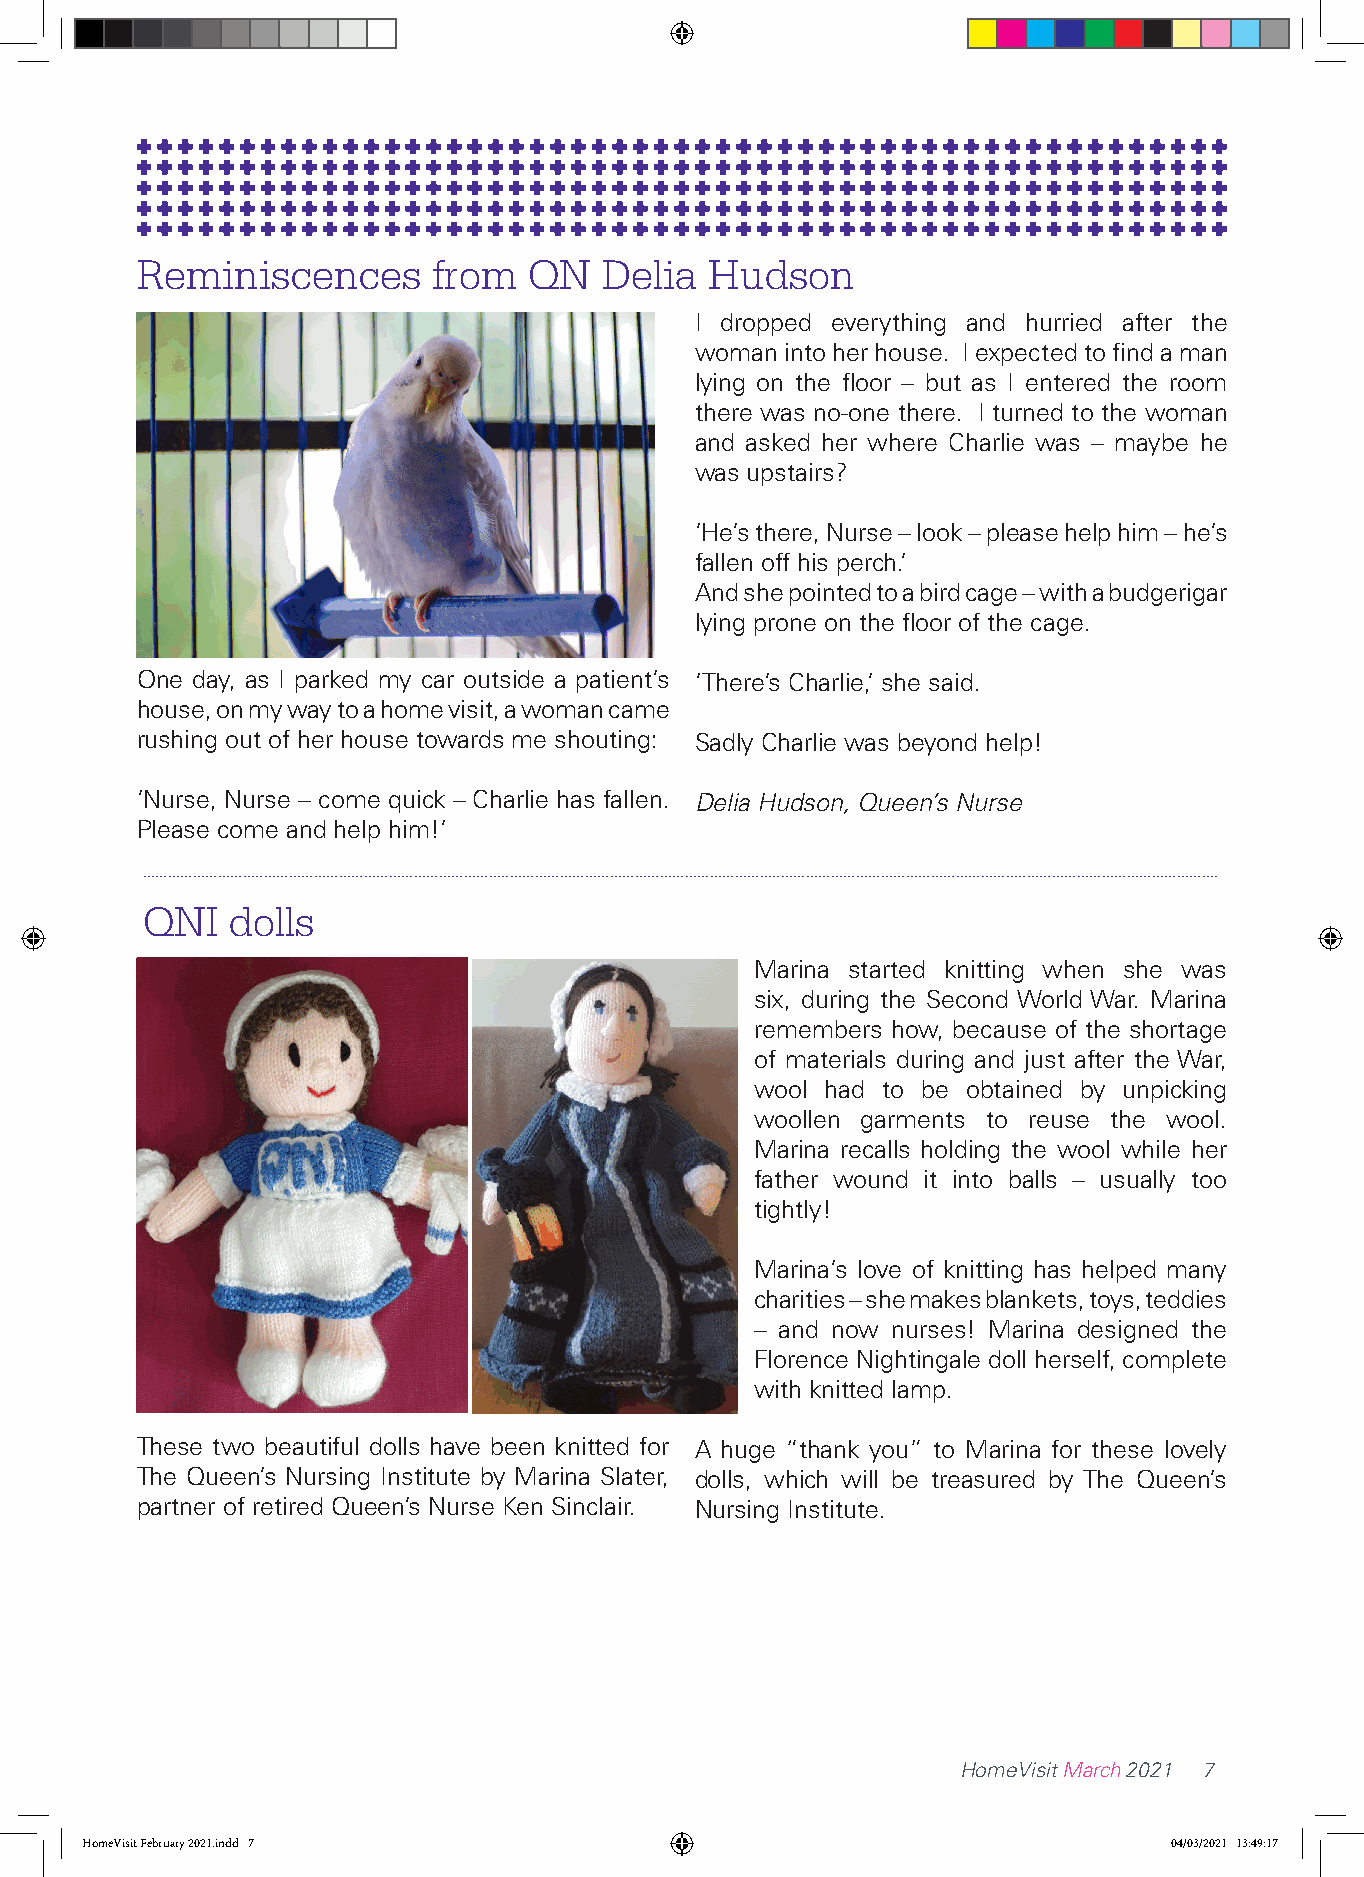
Reminiscences       from  QN   Delia  Hudson
 I dropped everything and hurried after the
 woman into her house. I expected to find a man
 lying on the floor – but as I entered the room
 there was no-one there. I turned to the woman
 and asked her where Charlie was – maybe he
 was upstairs?
 ‘He’s there, Nurse – look – please help him – he’s
 fallen off his perch.’
 And she pointed to a bird cage – with a budgerigar
 lying prone on the floor of the cage.
 One day, as I parked my car outside a patient’s ‘There’s Charlie,’ she said.
 house, on my way to a home visit, a woman came
 rushing out of her house towards me shouting: Sadly Charlie was beyond help!
 ‘Nurse, Nurse – come quick – Charlie has fallen. Delia Hudson, Queen’s Nurse
 Please come and help him!’
 ..................................................................................................................................................................................................................................................................
 QNI   dolls
 Marina started knitting when she was
 six, during the Second World War. Marina
 remembers how, because of the shortage
 of materials during and just after the War,
 wool had to be obtained by unpicking
 woollen garments to reuse the wool.
 Marina recalls holding the wool while her
 father wound it into balls – usually too
 tightly!
 Marina’s love of knitting has helped many
 charities – she makes blankets, toys, teddies
 – and now nurses! Marina designed the
 Florence Nightingale doll herself, complete
 with knitted lamp.
 These two beautiful dolls have been knitted for A huge “thank you” to Marina for these lovely
 The Queen’s Nursing Institute by Marina Slater, dolls, which will be treasured by The Queen’s
 partner of retired Queen’s Nurse Ken Sinclair. Nursing Institute.
 HomeVisit March 2021 7
 HHoommeeVViissiitt FFeebbrruuaarryy 22002211..iinndddd 77               0044//0033//22002211 1133::4499::1177